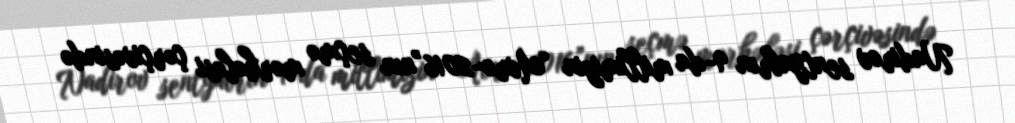
Nadirov sentyabrın 9-da millimizin “Avro-2016”nın seçmə mərhələsi çərçivəsində